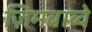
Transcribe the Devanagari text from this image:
ज़िमबाब्वे